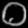
Digit: ၀